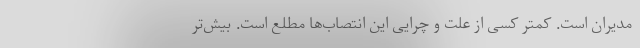
مدیران است. کمتر کسی از علت و چرایی این انتصاب‌ها مطلع است. بیش‌تر